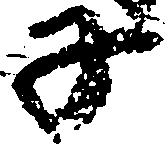
子